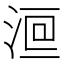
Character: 𣷻